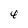
Character: 4